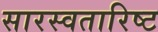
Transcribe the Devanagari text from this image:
सारस्वतारिष्ट